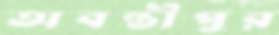
অবন্তীপুর